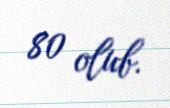
80 olub.